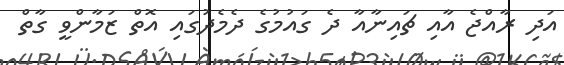
އަދި ރާއްޖެ އާއި ޗައިނާއާ ދެ ގައުމުގެ ދެމެދުގައި އޮތް ޒަމާންވީ ގާތް